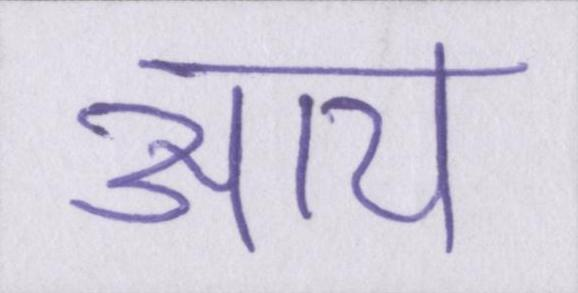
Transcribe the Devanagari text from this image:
आय